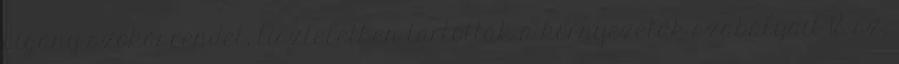
cigány szokásrendet, tiszteletben tartották a környezetük szabályait 18. sz.